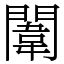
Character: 闈